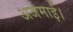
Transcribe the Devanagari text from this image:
अजमाई।